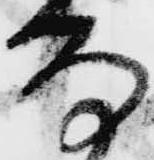
な